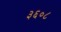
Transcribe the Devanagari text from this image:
३६०८